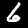
Label: 6